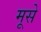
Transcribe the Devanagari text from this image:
मूसे